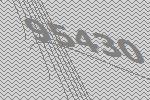
95430